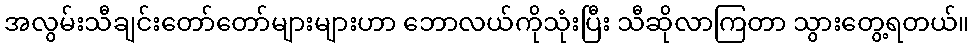
အလွမ်းသီချင်းတော်တော်များများဟာ ဘောလယ်ကိုသုံးပြီး သီဆိုလာကြတာ သွားတွေ့ရတယ်။